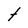
Character: t